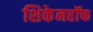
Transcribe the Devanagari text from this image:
शिकेनहॉफ